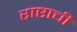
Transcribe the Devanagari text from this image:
राष्टाची